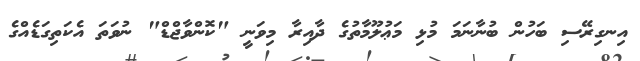
އިނގިރޭސި ބަހުން ބުނާނަމަ މުޅި މަޢުލޫމާތުގެ ދާއިރާ މިވަނީ "ކޮންވާޖްޑް" ނުވަތަ އެކަތިގަޑެއްގެ